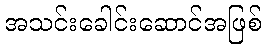
အသင်းခေါင်းဆောင်အဖြစ်